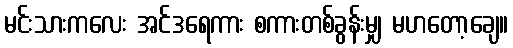
မင်းသားကလေး အင်ဒရေကား စကားတစ်ခွန်းမျှ မဟတော့ချေ။